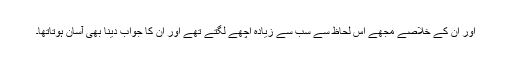
اور ان کے خلاصے مجھے اس لحاظ سے سب سے زیادہ اچھے لگتے تھے اور اُن کا جواب دینا بھی آسان ہوتاتھا۔